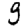
Digit: 9